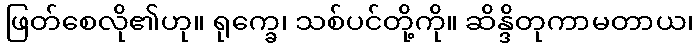
ဖြတ်စေလို၏ဟု။ ရုက္ခေ၊ သစ်ပင်တို့ကို။ ဆိန္ဒိတုကာမတာယ၊